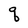
Character: q